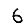
Digit: 6